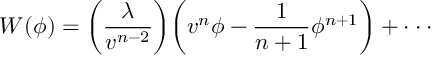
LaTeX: W ( \phi ) = \biggl ( \frac { \lambda } { v ^ { n - 2 } } \biggr ) \biggl ( v ^ { n } \phi - \frac { 1 } { n + 1 } \phi ^ { n + 1 } \biggr ) + \cdot \cdot \cdot